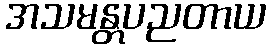
အသမန္တပညတာယ